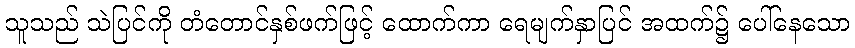
သူသည် သဲပြင်ကို တံတောင်နှစ်ဖက်ဖြင့် ထောက်ကာ ရေမျက်နှာပြင် အထက်၌ ပေါ်နေသော